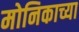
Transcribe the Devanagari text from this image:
मोनिकाच्या